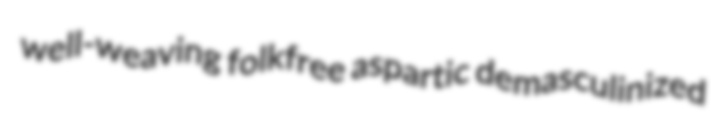
well-weaving folkfree aspartic demasculinized